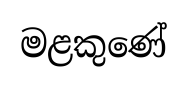
මළකුණේ